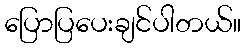
ပြောပြပေးချင်ပါတယ်။